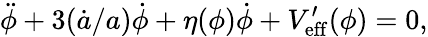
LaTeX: \ddot{\phi}+3(\dot{a}/a)\dot{\phi}+\eta(\phi)\dot{\phi}+V_{\mathrm{eff}}^{\prime}(\phi)=0,